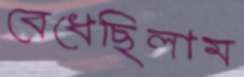
বেধেছিলাম